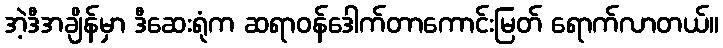
အဲ့ဒီအချိန်မှာ ဒီဆေးရုံက ဆရာဝန်ဒေါက်တာကောင်းမြတ် ရောက်လာတယ်။